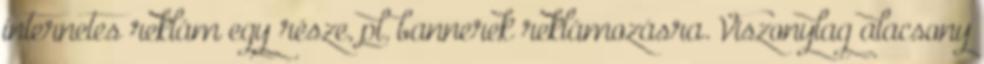
internetes reklám egy része, pl. bannerek reklámozásra. Viszonylag alacsony